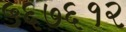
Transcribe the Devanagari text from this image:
५६७६१२